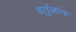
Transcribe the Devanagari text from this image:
वर्तुळांना